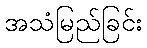
အသံမြည်ခြင်း